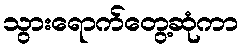
သွားရောက်တွေ့ဆုံကာ